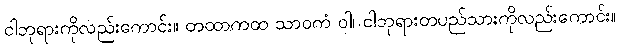
ငါဘုရားကိုလည်းကောင်း။ တထာကထ သာဝကံ ဝါ၊ ငါဘုရားတပည်သားကိုလည်းကောင်း။